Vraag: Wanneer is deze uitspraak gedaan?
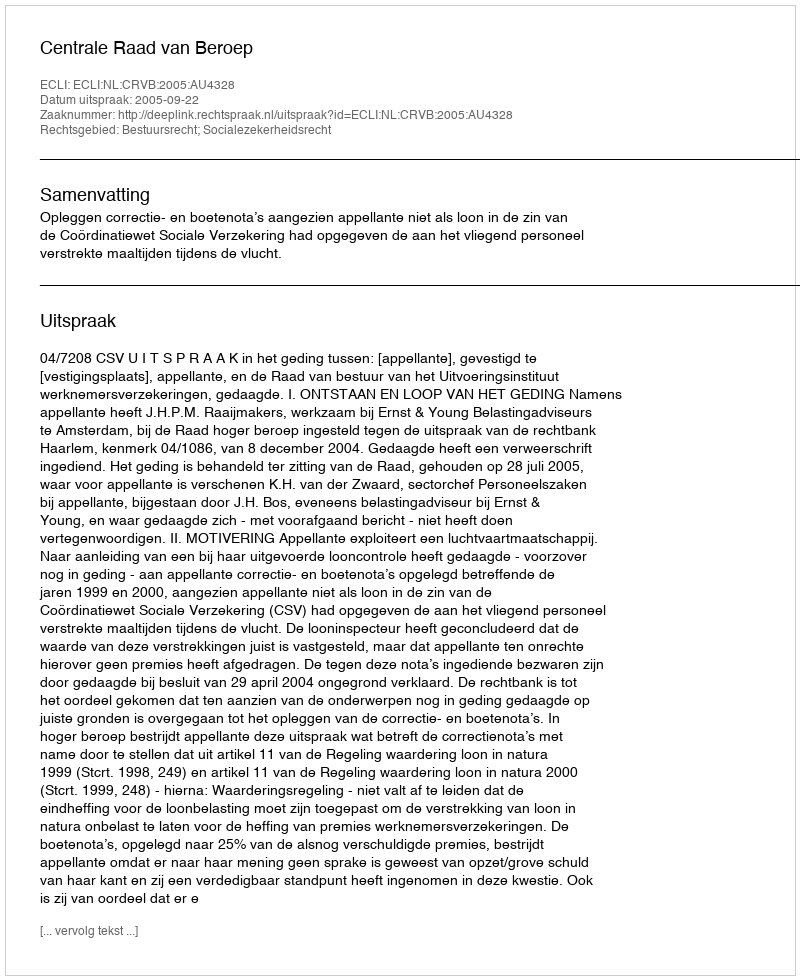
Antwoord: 2005-09-22